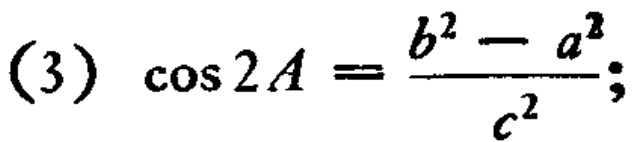
\[(3)\ \cos 2A = \frac{b^{2}-a^{2}}{c^{2}};\]